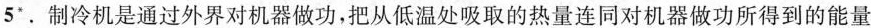
5*. 制冷机是通过外界对机器做功，把从低温处吸取的热量连同对机器做功所得到的能量